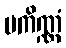
ပကိဏ္ဏံ